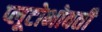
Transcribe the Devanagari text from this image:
प्लूटोभोवती